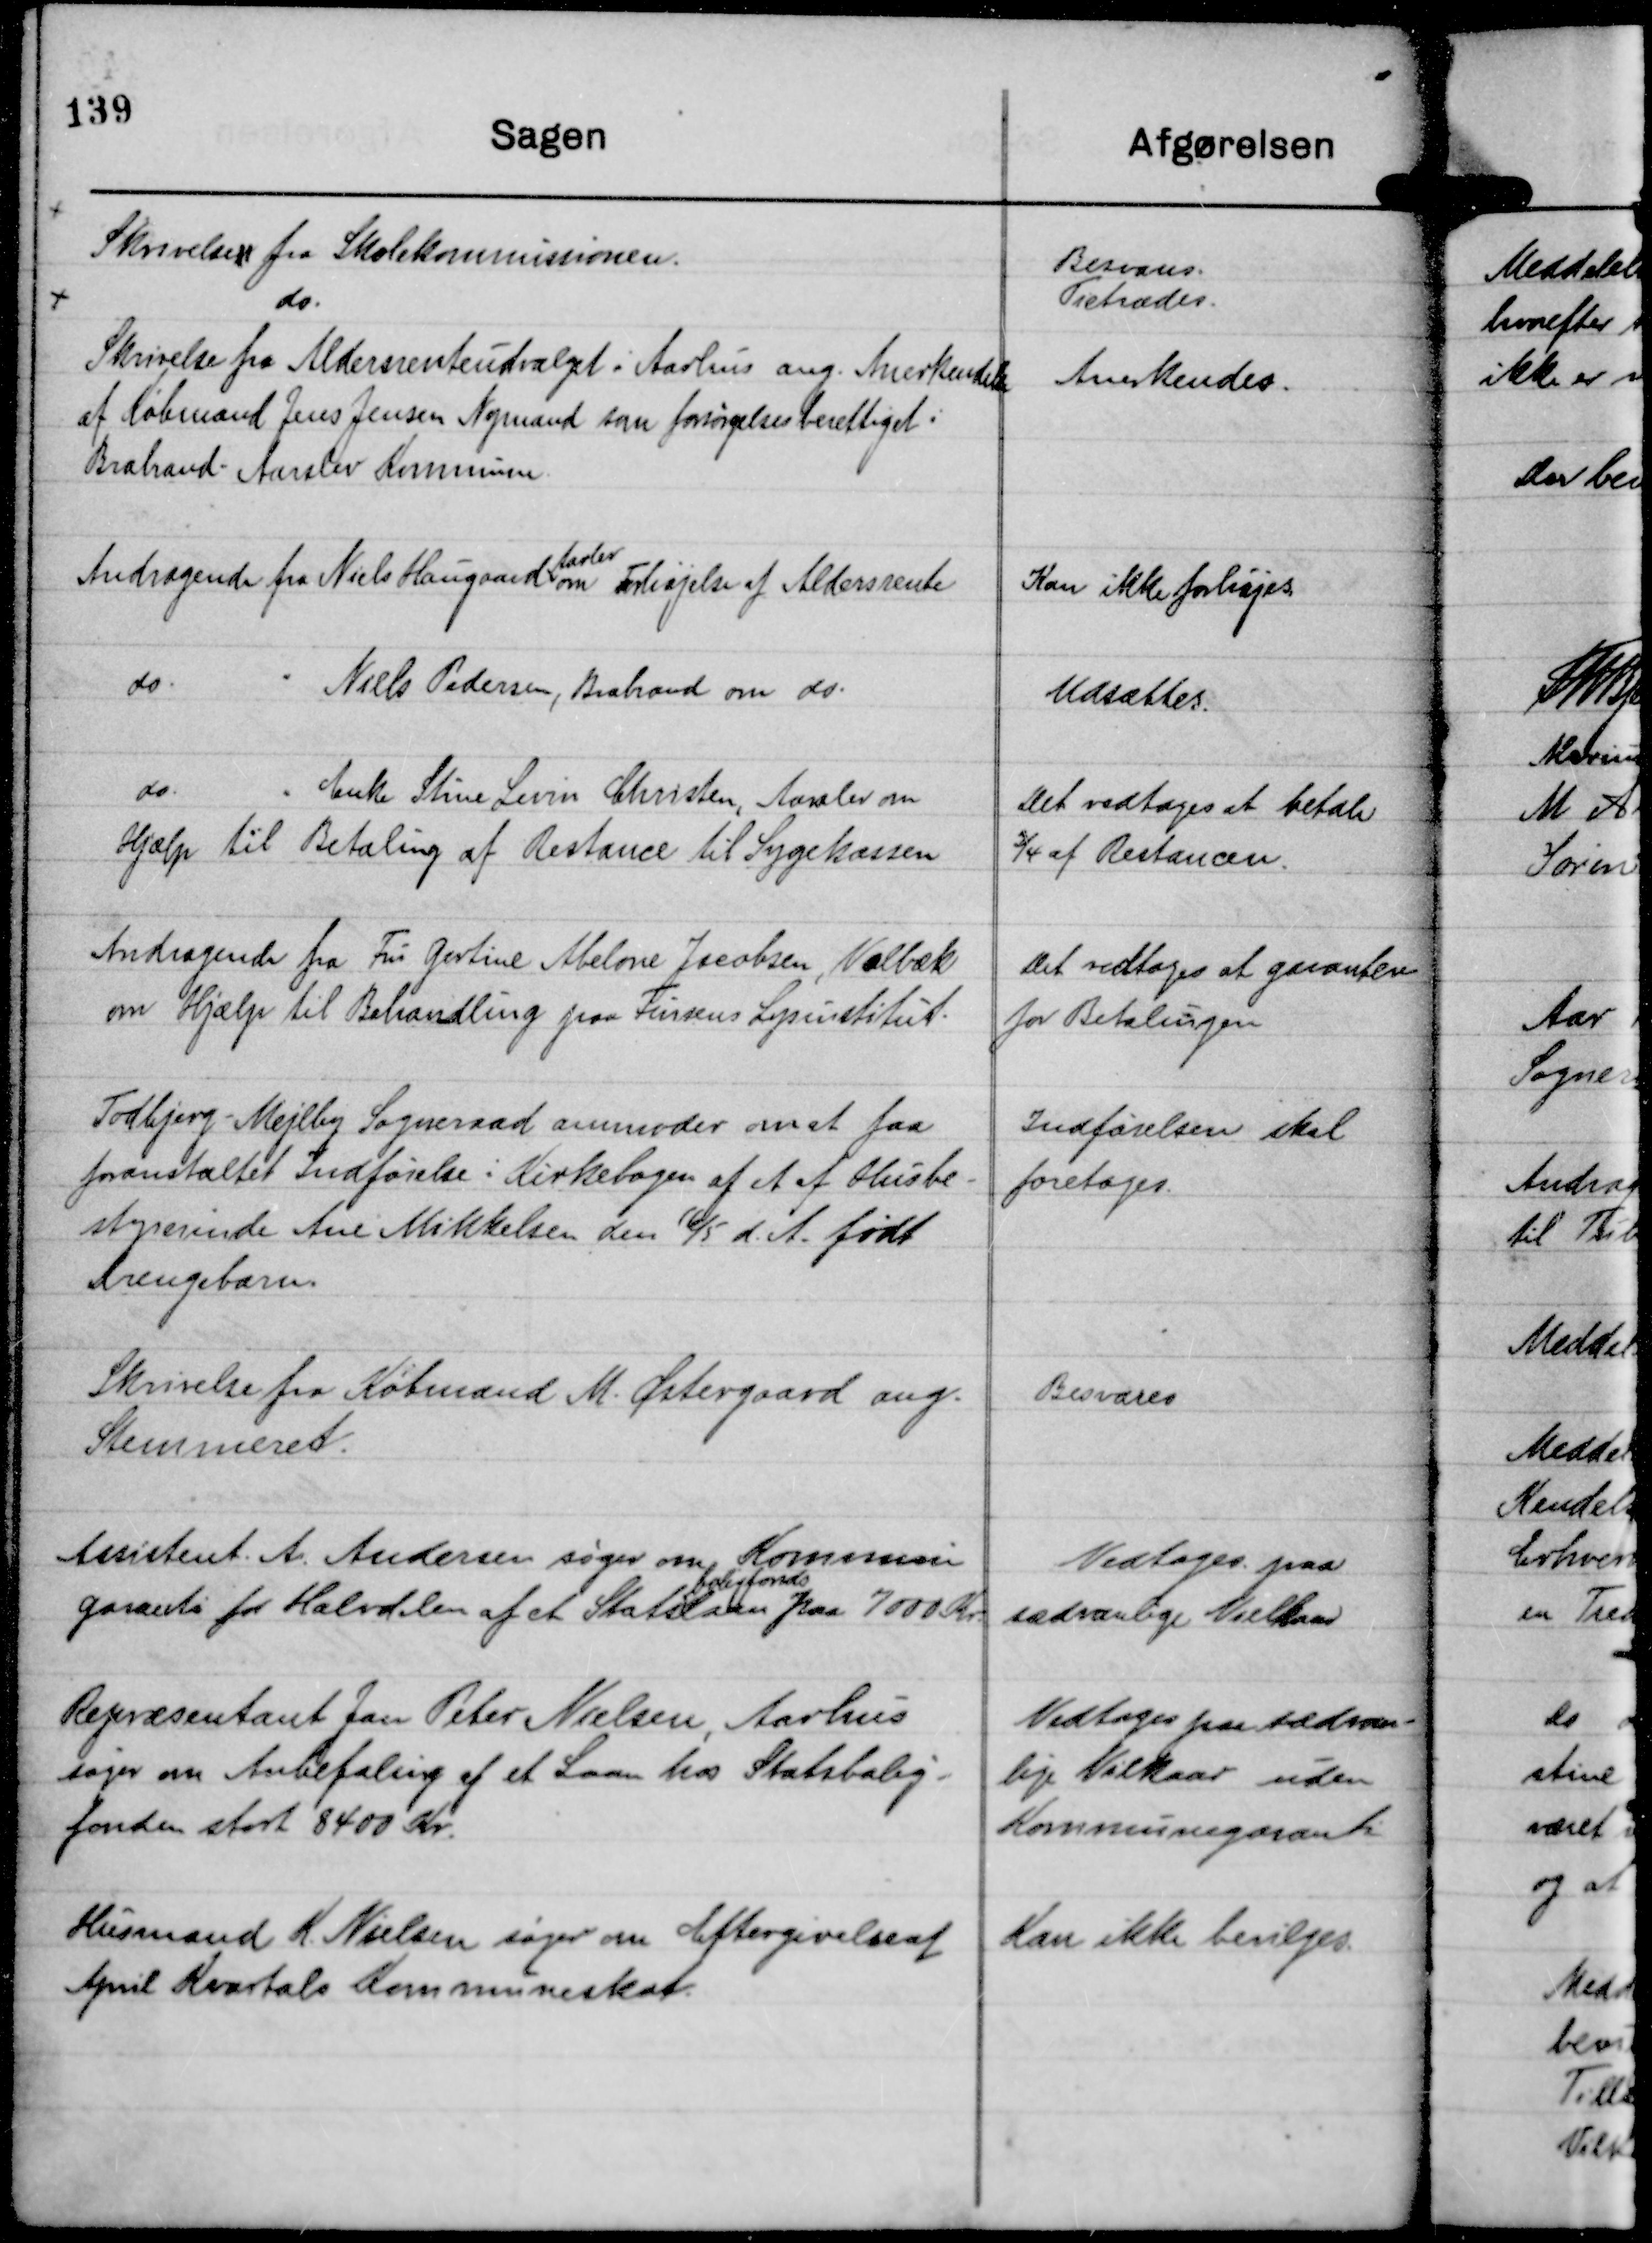
Transskription:
Skrivelser fra Skolekommissionen.

Besvares.

do.

Tiltrædes.

Skrivelse fra Aldersrenteudvalget i Aarhus ang. Anerkendelse
af Købmand Jens Jensen Nymand som forsørgelsesberettiget i
Brabrand - Aarslev Kommune.

Anerkendes.

Andragende fra Niels Haugaard
Aarslev
om Forhøjelse af Aldersrente

Kan ikke forhøjes.

do.
" Niels Pedersen, Brabrand om do.

Udsættes.

do.
" Enke Stine Levin Christen, Aarslev om
Hjælp til Betaling af Restance til Sygekassen

Det vedtages at betale
¾ af Restancen.

Andragende fra Fru Gertine Abelone Jacobsen, Volbæk
om Hjælp til Behandling paa Finsens Lysinstitut.

Det vedtoges at garantere
for Betalingen

Todbjerg-Mejlby Sogneraad anmoder om at faa
foranstaltet Indførelse i Kirkebogen af et af Husbe-
styrerinde Ane Mikkelsen den 16/5 d. A. født
drengebarn.

Indførelsen skal
foretages.

Skrivelse fra Købmand M. Østergaard ang.
Stemmeret.

Besvares

Assistent. A. Andersen søger om Kommune
garanti for Halvdelen af et Stats
boligfonds
laan paa 7000 Kr.

Vedtoges paa
sædvanlige Vielkaar

Repræsentant Jan Peter Nielsen, Aarhus
søger om Anbefaling af et Laan hos Statsbolig-
fonden stort 8400 Kr.

Vedtoges paa sædvan-
lige Vilkaar uden
Kommunegaranti

Husmand K. Nielsen søger om Eftergivelse af
April Kvartals Kommuneskat.

Kan ikke bevilges.